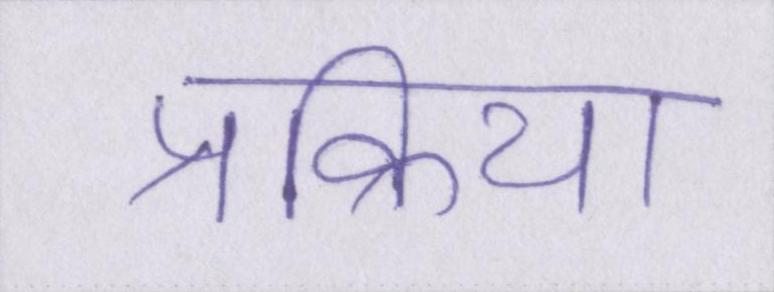
प्रक्रिया